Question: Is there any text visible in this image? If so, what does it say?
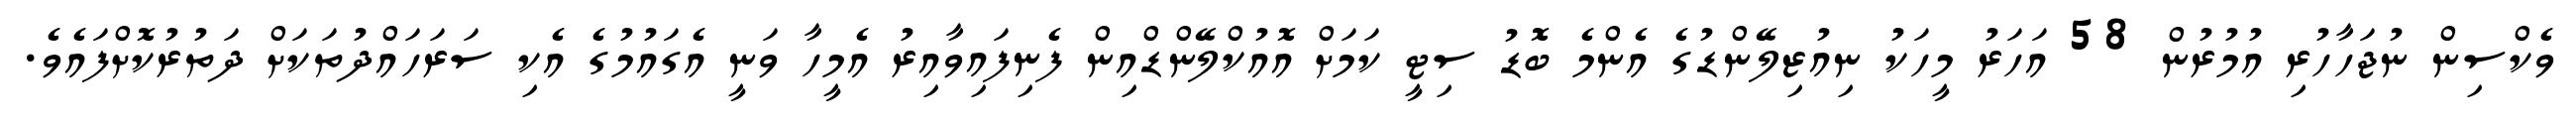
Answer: ވެކްސިން ނުޖަހާހުރި އުމުރުން 58 އަހަރު މީހަކު ނިއުޒިލޭންޑުގެ އެންމެ ބޮޑު ސިޓީ ކަމަށް އޮއުކްލޭންޑްއިން ފެނިފައިވާއިރު އެމީހާ ވަނީ އެގައުމުގެ އެކި ސަރަހައްދުތަކަށް ދަތުރުކޮށްފައެވެ.